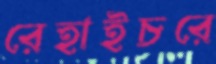
রেহাইচরে